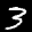
Label: 3